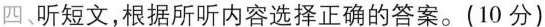
四、 听短文，根据所听内容选择正确的答案。(10 分)